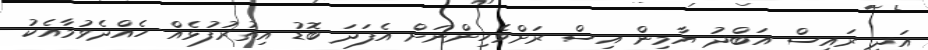
އަދި ރައީސް އަބްދު ޔާމިން އިސް ރަށްވެހިންނަށް އެފަދަ ބޮޑު އިތުރުފުޅެއް ހެއްދެވުމާއެކު